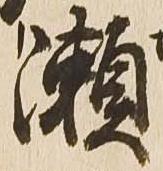
瀬